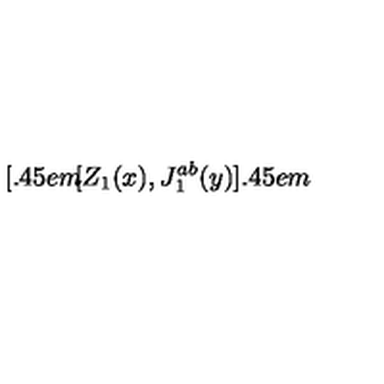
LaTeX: [ \kern - 0 . 4 5 e m \llap [ Z _ { 1 } ( x ) , J _ { 1 } ^ { a b } ( y ) ] \kern - 0 . 4 5 e m \llap ~